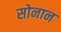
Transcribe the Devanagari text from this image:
सोनान